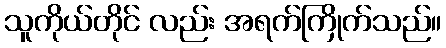
သူကိုယ်တိုင် လည်း အရက်ကြိုက်သည်။